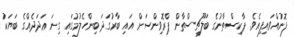
ފޮނުއްވައިފިއެވެ. ޕާކިސްތާނުގެ ބަލޫޗިސްތާން ޕްރޮވިންސަށް އައި ބާރުގަދަ ބިންހެލުމުގައި ގިނަ ޢަދަދެއްގެ ބަޔަކު